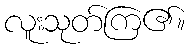
လူးသုတ်ကြ၏။